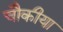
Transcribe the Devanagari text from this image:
चौकीया